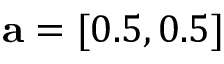
\mathbf { a } = [ 0 . 5 , 0 . 5 ]